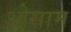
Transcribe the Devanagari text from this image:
ओसाम